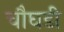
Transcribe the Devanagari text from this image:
चौघडी